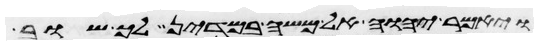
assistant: ויאמר יהוה אל משה במדין לך שוב